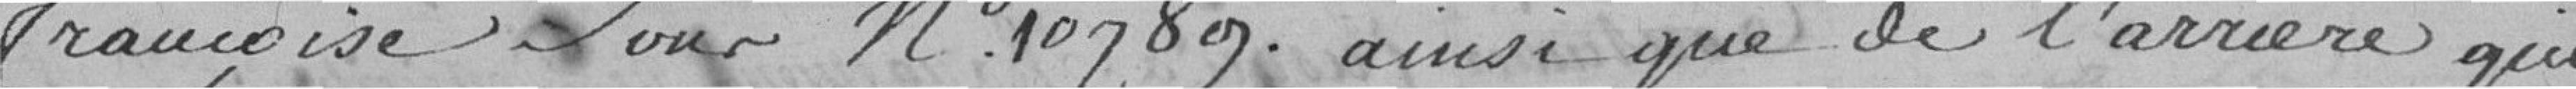
française sous n° 10789, ainsi que de l'arriéré qui